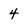
Character: 4